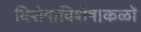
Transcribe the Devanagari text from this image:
विशेषाविशेष।कळों